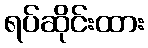
ရပ်ဆိုင်းထား